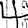
Digit: 4